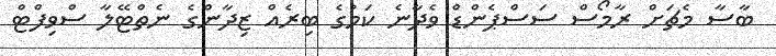
ބާސާ މެޗަށް ރާމޯސް ސަސްޕެންޑް ވެދާނެ ކަމުގެ ބިރެއް ޒިދާންގެ ނެތްޓޭލާ ސްވިފްޓް